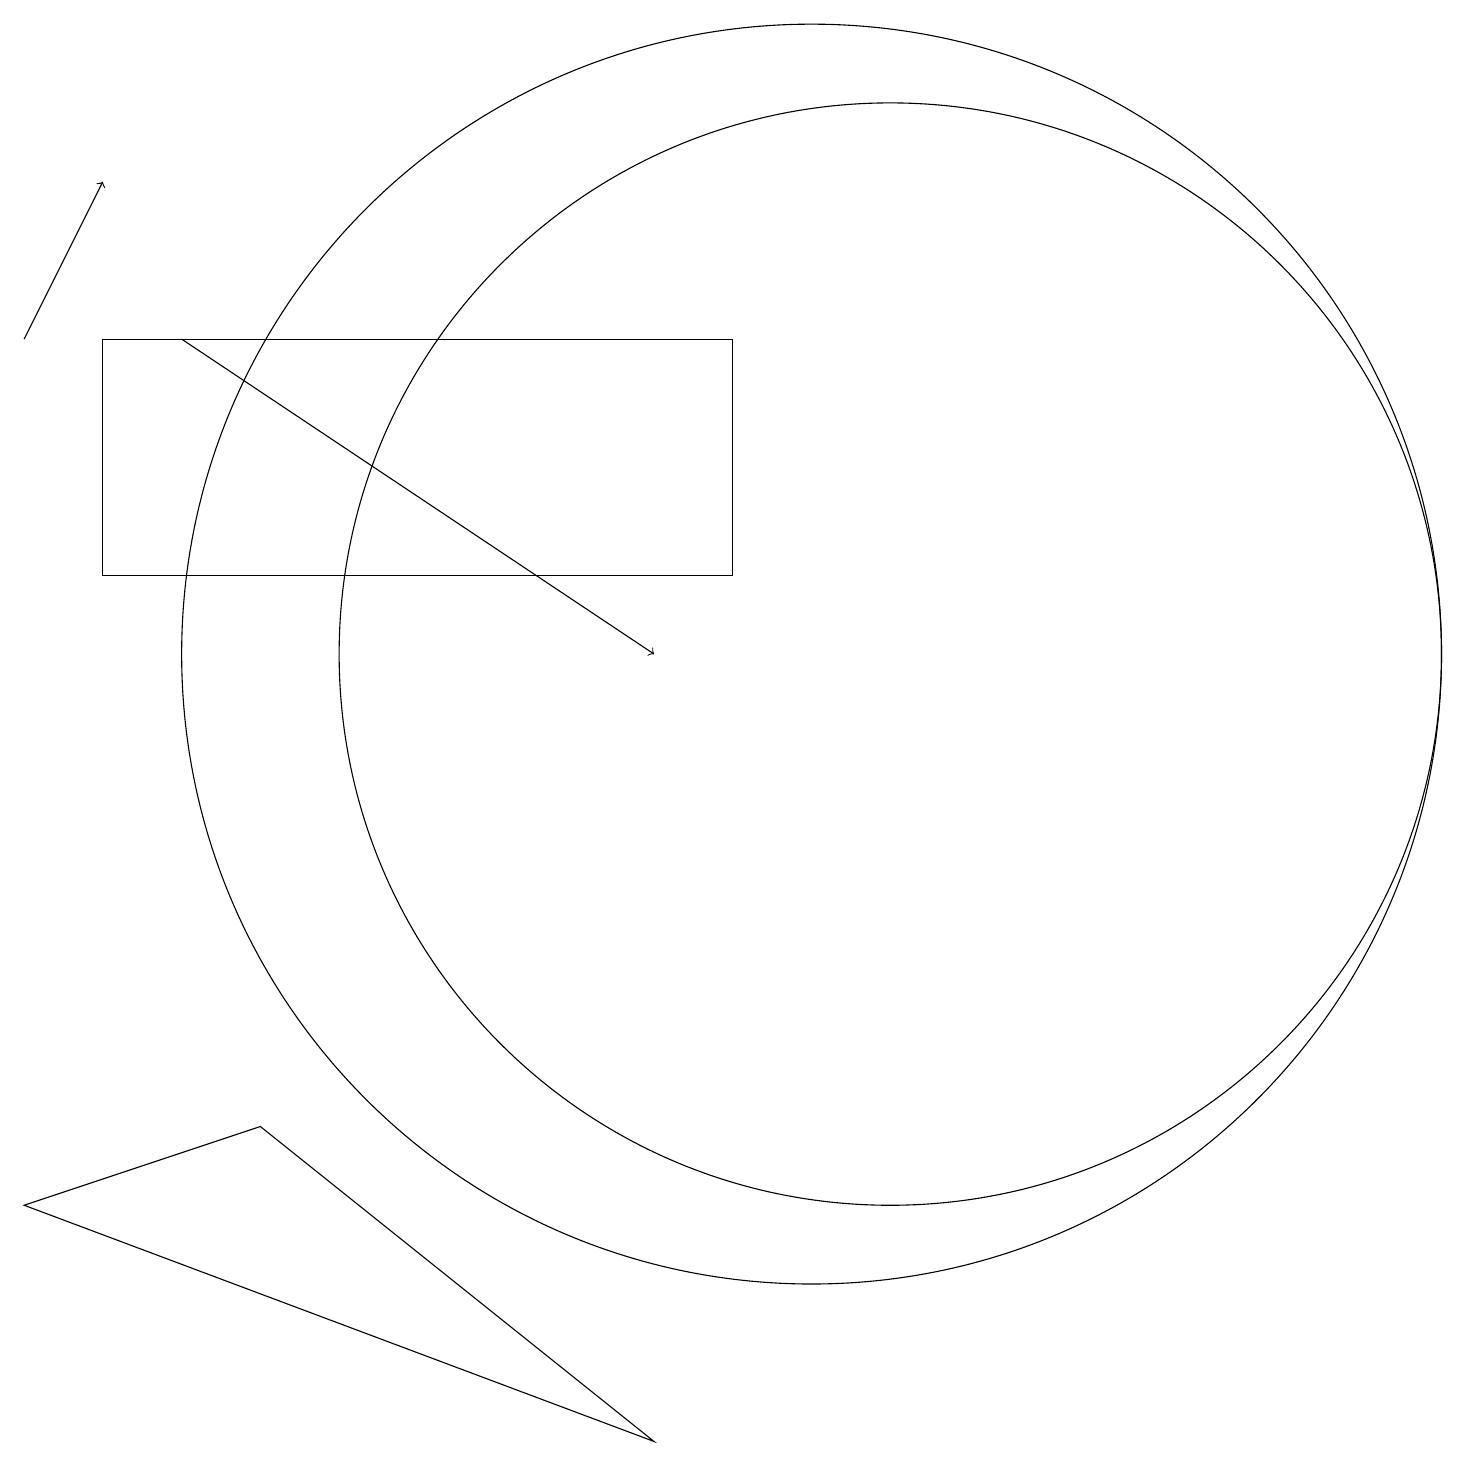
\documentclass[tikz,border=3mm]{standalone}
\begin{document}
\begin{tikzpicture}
\draw (10,10) circle (8);
\draw (1,14) rectangle (9,11);
\draw (11,10) circle (7);
\draw (0,3) -- (3,4) -- (8,0) -- cycle;
\draw[->] (2,14) -- (8,10);
\draw[->] (0,14) -- (1,16);
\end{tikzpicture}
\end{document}